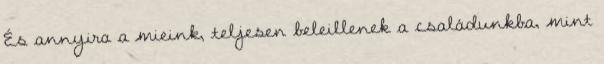
És annyira a mieink, teljesen beleillenek a családunkba, mint